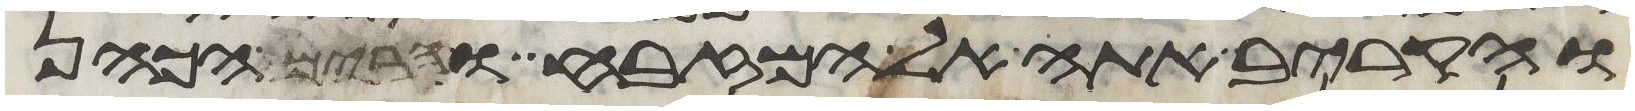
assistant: והקריב אתה אל המזבח והרים הכהן